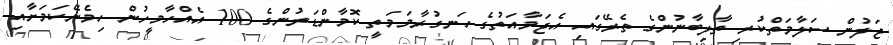
ޖަލުން ސަލާމަތްކުރި ތާލިބާނުންގެ ތެރޭގައި އެޖަމާއަތުގެ ހަނގުރާމަމަތީ ކޮމާންޑަރުންގެ 100 އެއްހާމީހުން ހިމެނޭކަމަށާއި